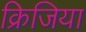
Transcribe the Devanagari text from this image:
क्रिजिया